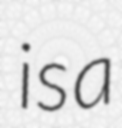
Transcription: is a